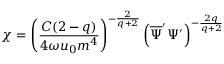
\chi = \left( \frac { C ( 2 - q ) } { 4 \omega u _ { 0 } m ^ { 4 } } \right) ^ { - \frac { 2 } { q + 2 } } \left( \overline { { { \Psi } } } ^ { \prime } \Psi ^ { \prime } \right) ^ { - \frac { 2 q } { q + 2 } }